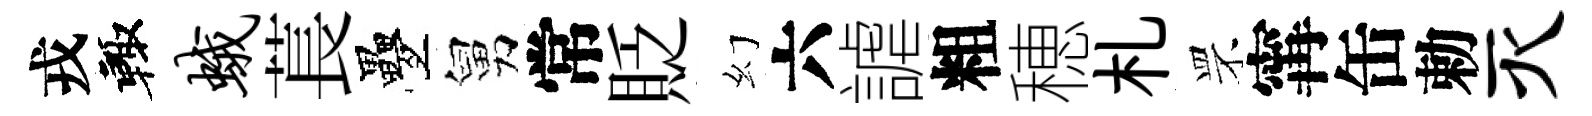
戎輙蛾萇疊舅常貶幻六謔粗穂札罘𡩋缶勅灭